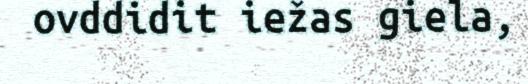
ovddidit iežas giela,